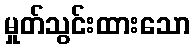
မှုတ်သွင်းထားသော